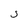
Character: S